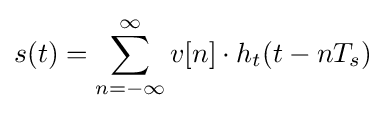
s(t)=\sum _{n=-\infty }^{\infty }v[n]\cdot h_{t}(t-nT_{s})